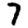
Digit: 7